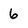
Character: 6